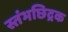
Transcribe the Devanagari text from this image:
स्तंभछिद्रक